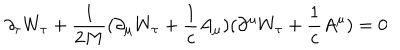
\partial _ { \tau } W _ { \tau } + \frac { 1 } { 2 M } ( \partial _ { \mu } W _ { \tau } + \frac { 1 } { c } A _ { \mu } ) ( \partial ^ { \mu } W _ { \tau } + \frac { 1 } { c } A ^ { \mu } ) = 0